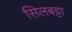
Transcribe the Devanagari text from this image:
सिलबट्टा